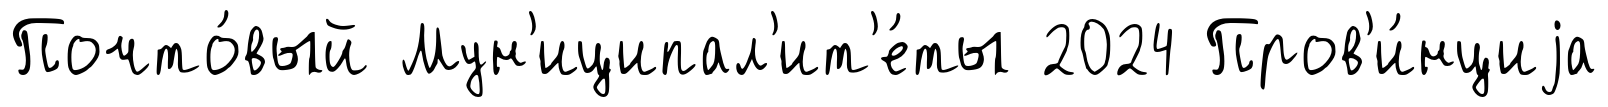
Почто́вый Мун'иципал'ит'е́ты 2024 Пров'и́нциjа